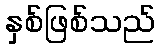
နှစ်ဖြစ်သည်